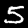
Digit: 5